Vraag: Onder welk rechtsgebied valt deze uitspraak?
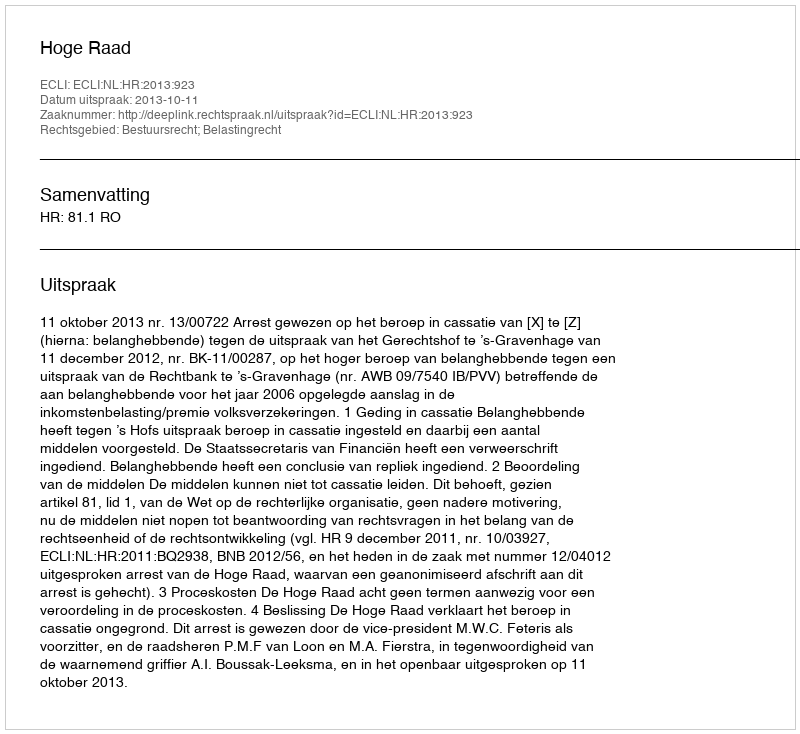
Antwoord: Bestuursrecht; Belastingrecht